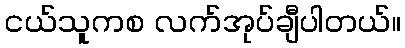
ငယ်သူကစ လက်အုပ်ချီပါတယ်။